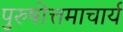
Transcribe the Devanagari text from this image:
पुरुषोत्तमाचार्य